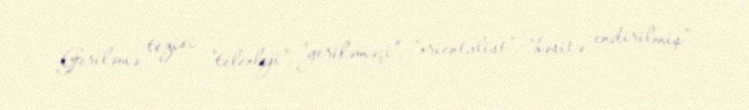
Geriləmə tezisi "teleoloji", "geriləməçi", "orientalist", "bəsitə endirilmiş"